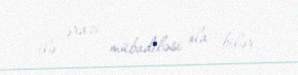
ilə ərazi mübadiləsi ola bilər.